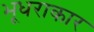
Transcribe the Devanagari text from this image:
भूधराकार